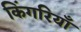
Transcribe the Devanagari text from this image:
किंगरियाँ